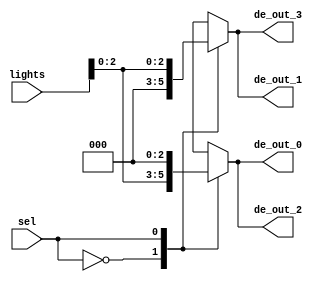
module demux_1_4(
    input [5:0] lights,
    input sel,
    output [2:0] de_out_0,
    output [2:0] de_out_1,
    output [2:0] de_out_2,
    output [2:0] de_out_3
    );
    
    reg de_out_0;
    reg de_out_1;
    reg de_out_2;
    reg de_out_3;
    
    always @(lights) begin
        case(sel)
            1'b0 : begin
                de_out_0 =  lights;
                de_out_1 =  0;
                de_out_2 =  lights;
                de_out_3 =  0;
            end
            1'b1 : begin
                de_out_0 =  0;
                de_out_1 =  lights;
                de_out_2 =  0;
                de_out_3 =  lights;                 
            end 
        endcase 
    end
endmodule